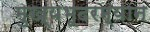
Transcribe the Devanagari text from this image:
मुख्यभूदरम्यान